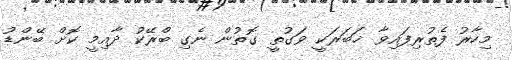
މިހާރު ފެތުރިފައިވާ ޚަބަރަކީ ވަގުތީ ގޮތުން ނެގި ބްރޭކު ދާއިމީ ކޮށް ބޭންޑު